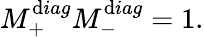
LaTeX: M_{+}^{\mathrm{d}iag}M_{-}^{\mathrm{d}iag}=1.